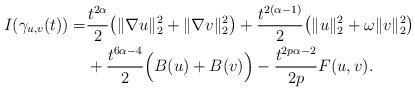
LaTeX: \begin{align*}I(\gamma_{u,v}(t))=&\frac{t^{2\alpha}}{2}\big(\|\nabla u\|_{2}^{2}+\|\nabla v\|_{2}^{2}\big)+\frac{t^{2(\alpha-1)}}{2}\big(\|u\|_{2}^{2}+\omega\|v\|_{2}^{2}\big)\\&+\frac{t^{6\alpha-4}}{2}\Big(B(u)+B(v)\Big)-\frac{t^{2p\alpha-2}}{2p}F(u,v).\end{align*}